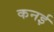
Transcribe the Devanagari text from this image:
कनई